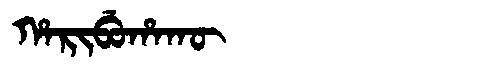
Manchu: ᡥᠠᡵᡳᠪᡠᡥᠠᡴᡡ
Romanization: HARIBUHAKŪ